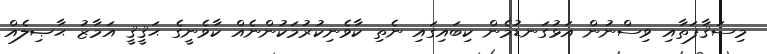
މިސަޤާފަތާއި ވިސްނުން އަޅުގަނޑުމެން ކިބައިގައި ނެތި ކާވެނިކުރުމަކުންނެއް ކާވެނީގެ ޙަޤީޤީ އަމާޒު ޙާޞިލެއް